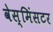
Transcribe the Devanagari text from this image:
वेस्मिंसटर